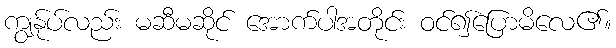
ကျွန်ုပ်လည်း မဆီမဆိုင် အောက်ပါအတိုင်း ဝင်၍ပြောမိလေ၏။